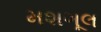
મશગૂલ